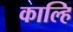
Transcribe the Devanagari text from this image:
काल्हि